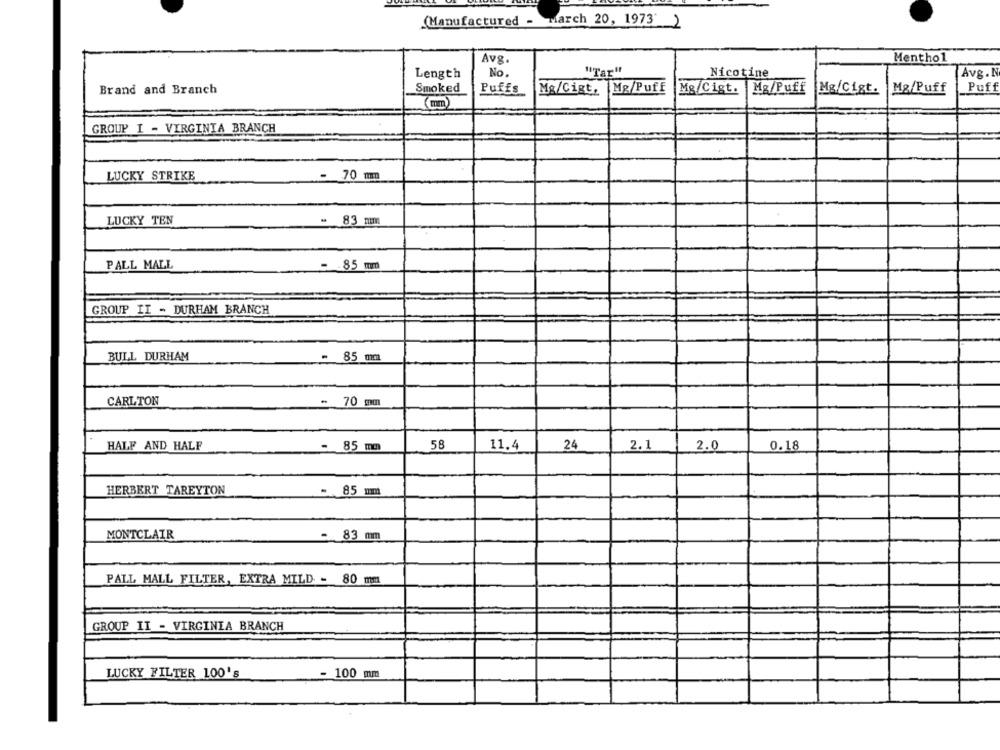
(Manufactured - March 20, 1973 )
Avg.
Menthol
Length
No.
"Tar"
Nicotine
Avg. N
Brand and Branch
Smoked
Puffs
Mg/Cigt, Mg/Puff
Mg/Cigt.
Mg/Puff
Mg/Cigt.
Mg/Puff
Puff
(mm)
GROUP I - VIRGINIA BRANCH
LUCKY STRIKE
- 70 mm
LUCKY TEN
- 83 mm
PALL MALL
- 85 mm
GROUP II - DURHAM BRANCH
BULL DURHAM
- 85 mm
CARLTON
- 70 mm
HALF AND HALF
- 85 mm
58
11.4
24
2.1
2.0
0.18
HERBERT TAREYTON
- 85 mm
MONTCLAIR
- 83 mm
PALL MALL FILTER, EXTRA MILD - 80 mm
GROUP II - VIRGINIA BRANCH
LUCKY FILTER 100's
- 100 mm